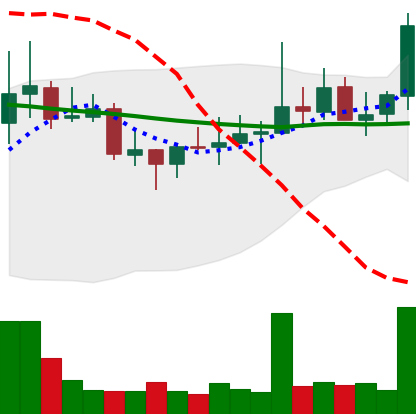
Ticker: DOGE-USD
Chart end date: 2021-10-24
Forward return: 3.9%
Label: up_3_5